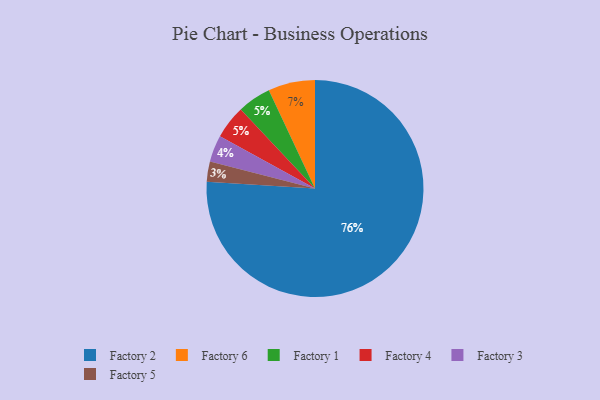
{"axis": {"x": "Category", "y": "Percentage"}, "legend": ["Factory 1", "Factory 2", "Factory 3", "Factory 4", "Factory 5", "Factory 6"], "data": [{"x": "Factory 1", "y": 5, "type": "Factory 1"}, {"x": "Factory 3", "y": 4, "type": "Factory 3"}, {"x": "Factory 5", "y": 3, "type": "Factory 5"}, {"x": "Factory 4", "y": 5, "type": "Factory 4"}, {"x": "Factory 2", "y": 76, "type": "Factory 2"}, {"x": "Factory 6", "y": 7, "type": "Factory 6"}]}